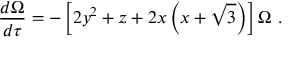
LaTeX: \frac { d \Omega } { d \tau } = - \left[ 2 y ^ { 2 } + z + 2 x \left( x + \sqrt { 3 } \right) \right] \Omega \ .